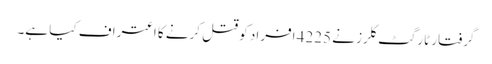
گرفتار ٹارگٹ کلرز نے 4225 افراد کو قتل کرنے کا اعتراف کیا ہے۔